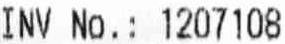
INV NO.: 1207108